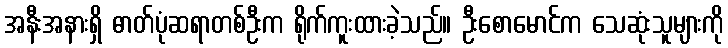
အနီးအနားရှိ ဓာတ်ပုံဆရာတစ်ဦးက ရိုက်ကူးထားခဲ့သည်။ ဦးစောမောင်က သေဆုံးသူများကို